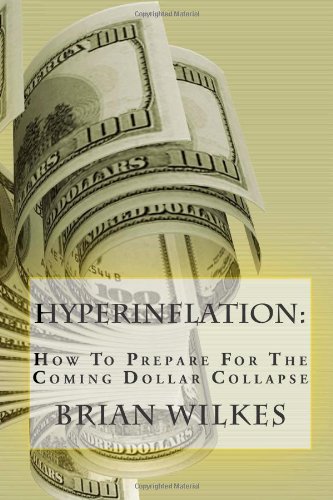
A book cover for HYPERINFLATION: How To Prepare For The Coming Dollar Collapse; Brian Wilkes; Business & Money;